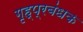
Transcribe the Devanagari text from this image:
गृह्प्रबंधक